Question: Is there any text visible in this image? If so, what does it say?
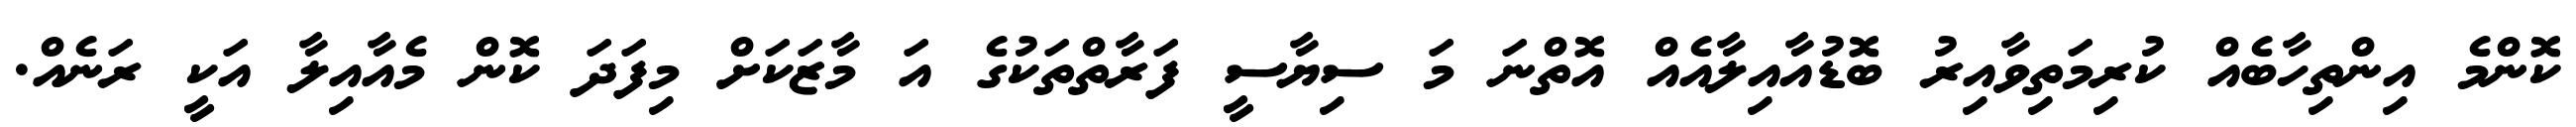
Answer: ކޮންމެ އިންތިހާބެއް ކުރިމަތިވާއިރު ބޮޑުއާއިލާއެއް އޮތްނަ މަ ސިޔާސީ ފަރާތްތަކުގެ އަ މާޒަކަށް މިފަދަ ކޮން މެއާއިލާ އަކީ ރަނެއް.